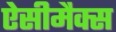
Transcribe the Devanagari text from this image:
ऐसीमैक्स